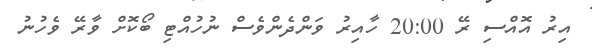
އިރު އޮއްސި ރޭ 20:00 ހާއިރު ވަންދެންވެސް ނުހުއްޓި ބޯކޮށް ވާރޭ ވެހުުނު